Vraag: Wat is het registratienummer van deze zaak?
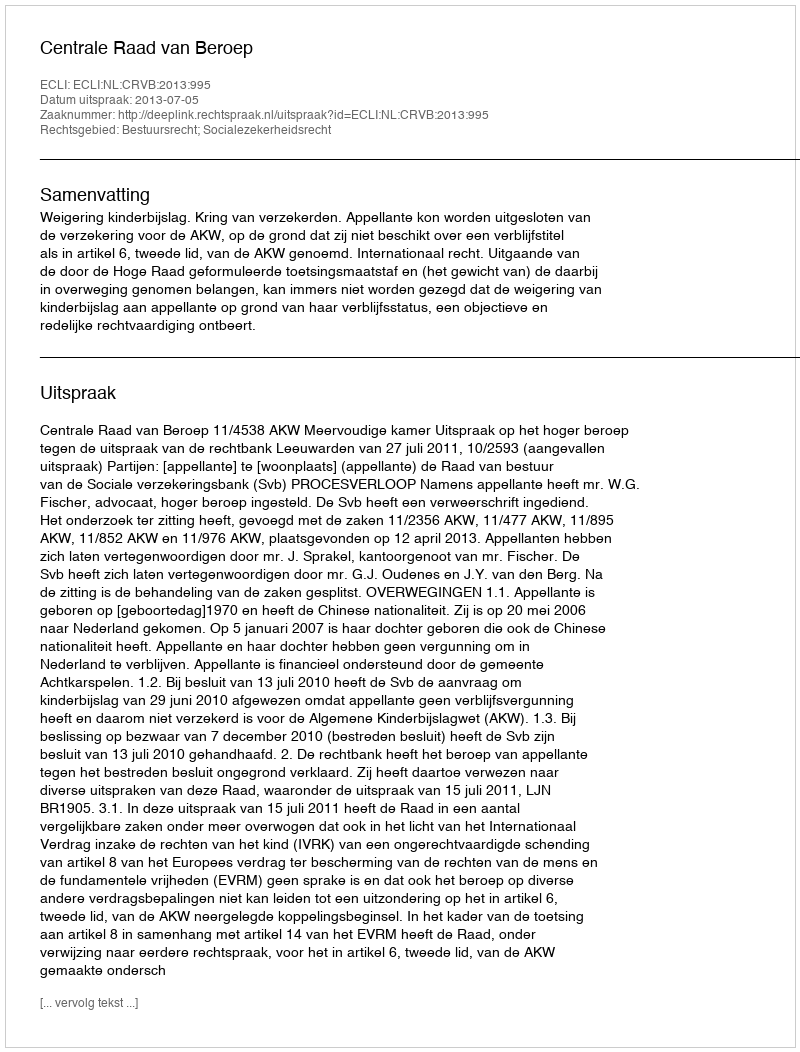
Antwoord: http://deeplink.rechtspraak.nl/uitspraak?id=ECLI:NL:CRVB:2013:995